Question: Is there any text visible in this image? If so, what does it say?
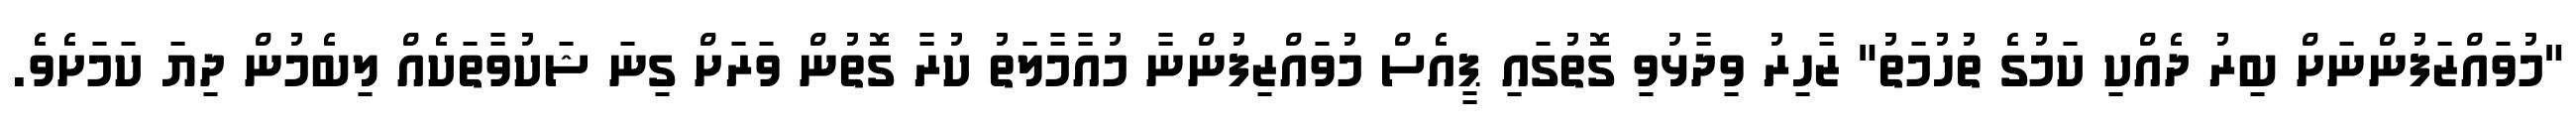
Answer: "މުވައްޒަފުންނަށް ބިރު ދެއްކި ކަމުގެ ތުހުމަތު" ޒާހިރު ވިދާޅުވި ގޮތުގައި ޕީއެސް މުވައްޒިފުންނާ މުއާމާލަތު ކުރާ ގޮތުން ވަރަށް ގިނަ ޝަކުވާތަކެއް ލިބެމުން ދިޔަ ކަމަށެވެ.